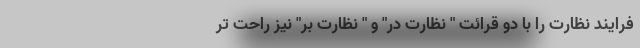
فرایند نظارت را با دو قرائت " نظارت در" و " نظارت بر" نیز راحت تر